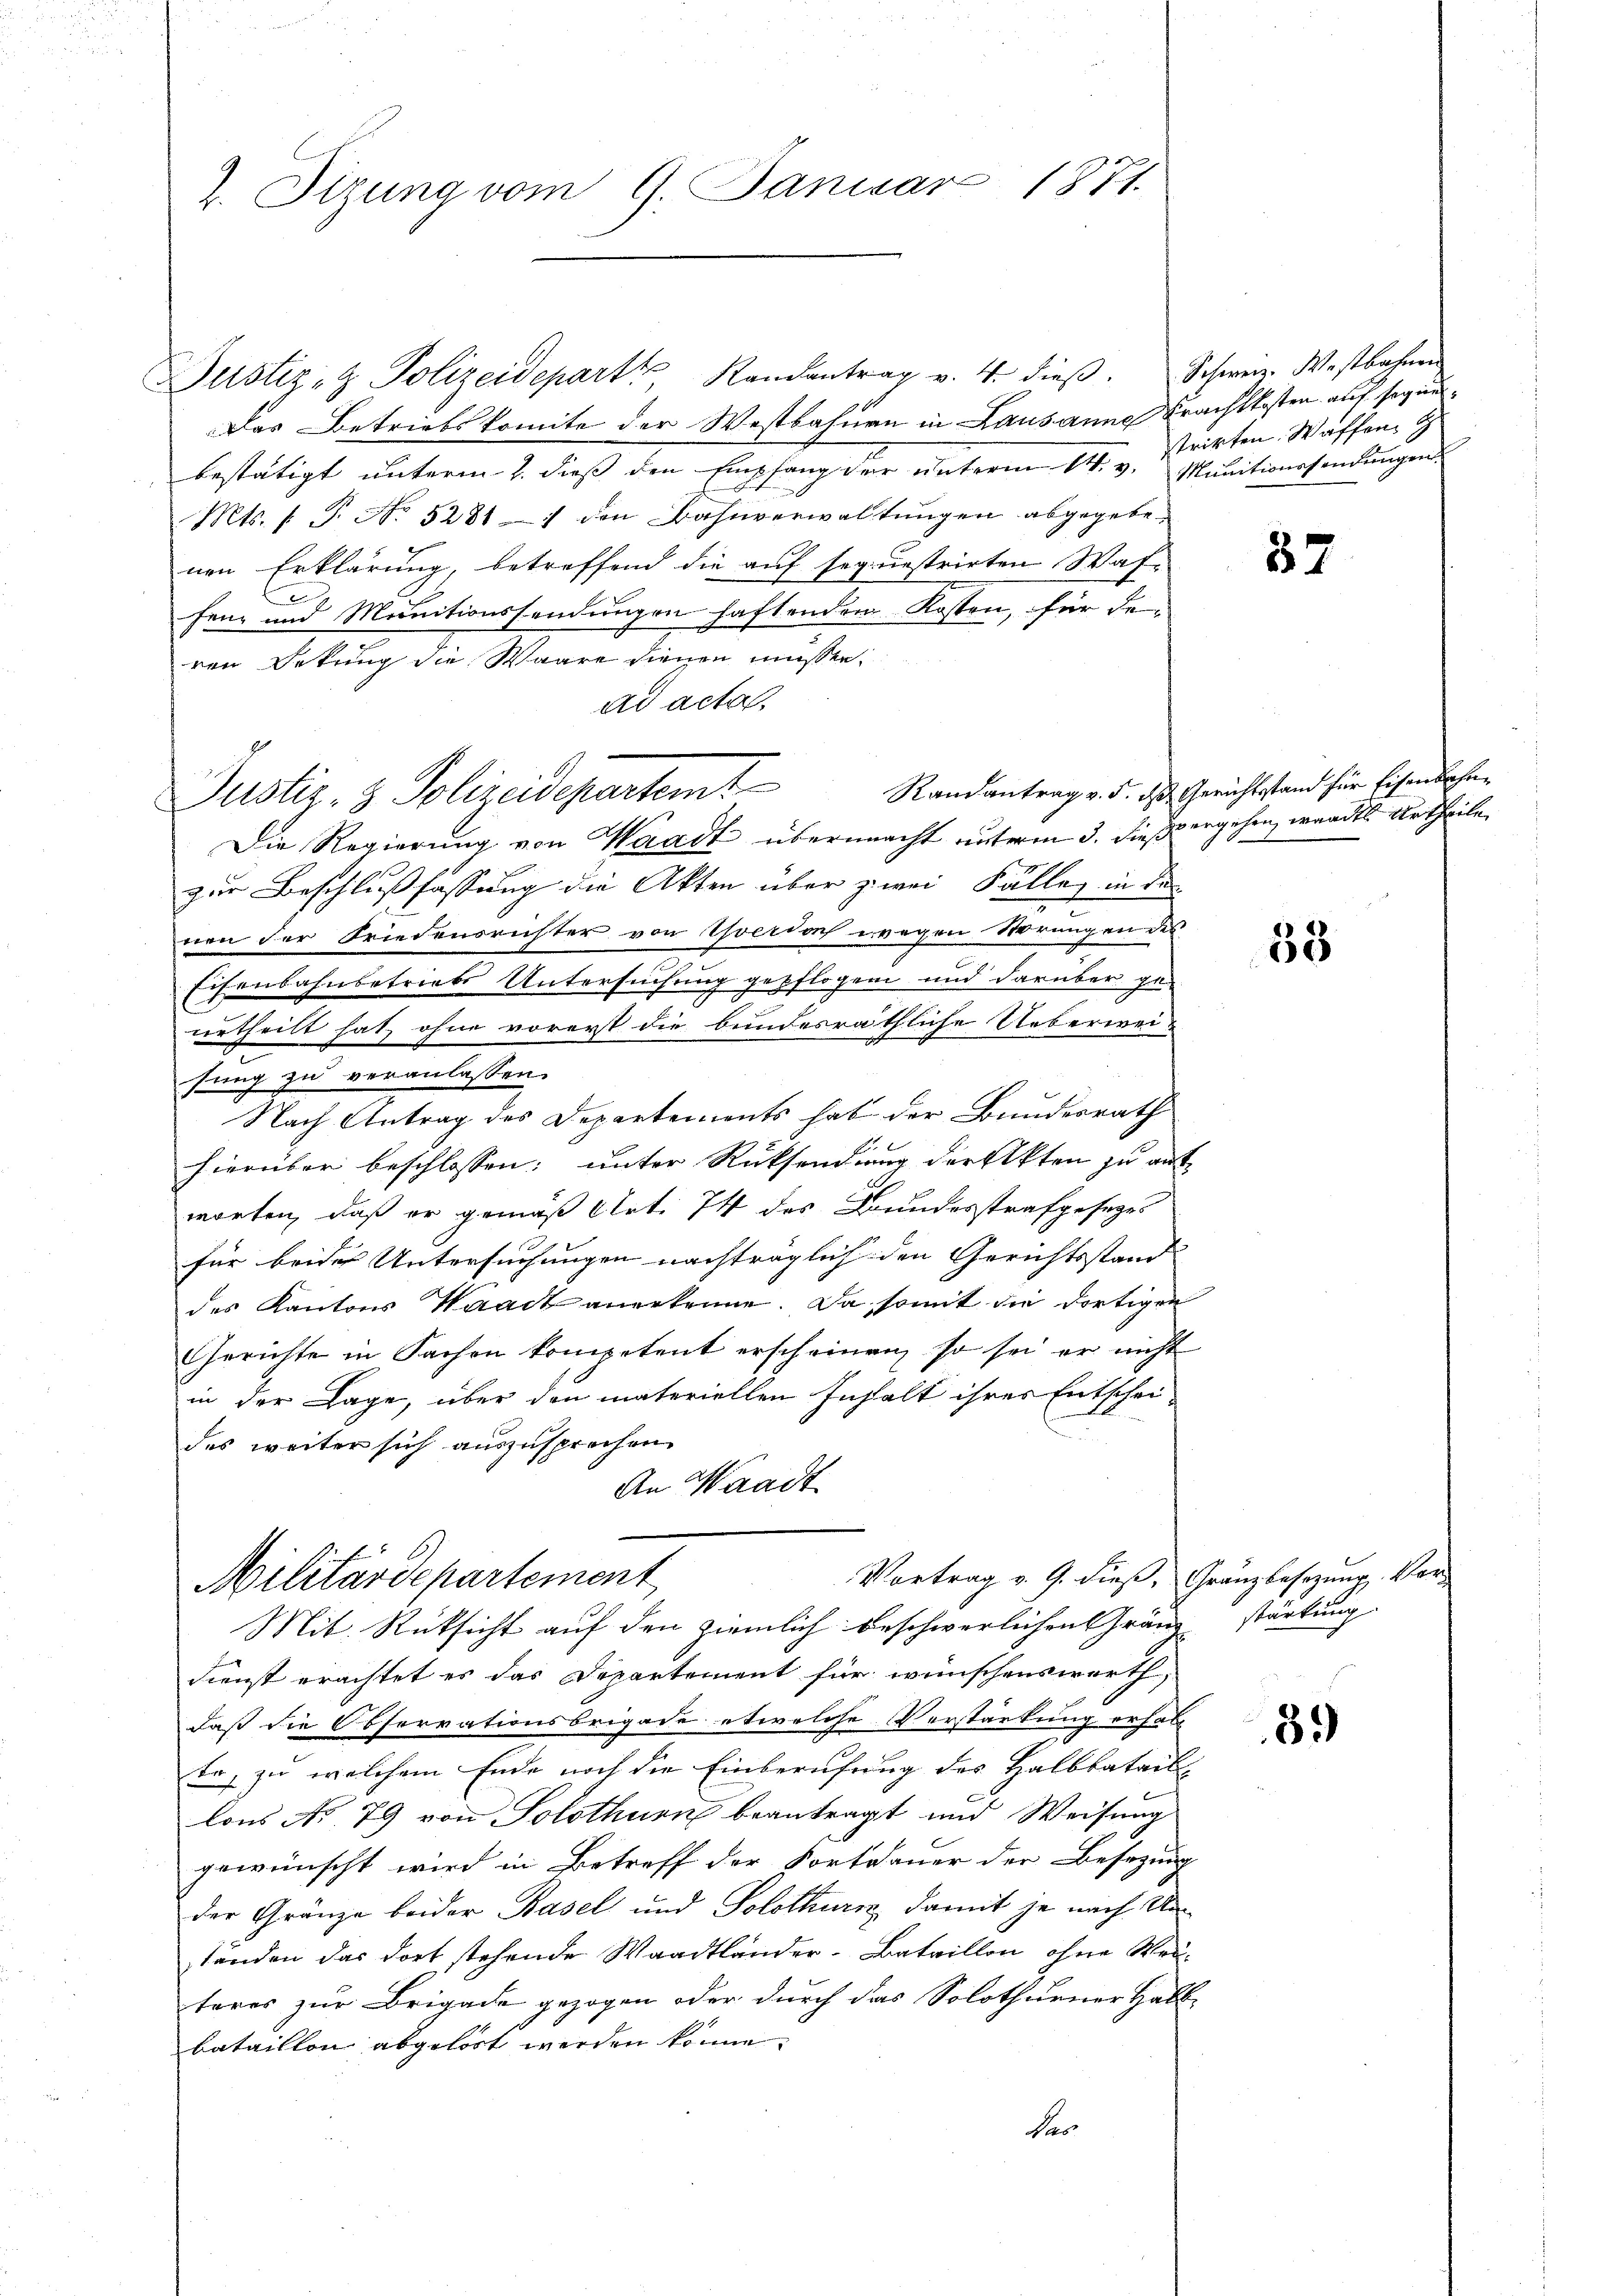
2. Sizung vom 9. Januar 1871.

Justiz- & Polizeidepart Randantrag v. 4. dieβ. Schweiz. Westbahnen
Das Betriebskomite der Westbahnen in Lausanne Frachtkosten auf seguebestätigt unterm 2. dieß den Empfang der unterm 14. v. Munitionssendungen
Mts. f. P. Nr. 5281 — 1 den Bahnverwaltungen abgegebenen Erklärung, betreffend die auf sequestrirten Waffenz und Munitionssendungen haftenden Kosten, für dem
ren Dekung die Waare dienen müssen.
ad acta
Justiz- & Polizeidepartemt
Die Regierung von Waadt übermacht unterm 3. dieß ergehen, wandes Urtheile
zur Beschlußfassung die Akten über zwei Fällen in der
nen der Friedensrichter von Yverdorf wegen Störungen des
Eisenbahnbetriebe Untersuchung gepflogen und darüber ge-
urtheilt hat, ohne vorerst die bundesräthliche Ueberweisung zu veranlassen.
Nach Antrag des Departements hat der Bundesrath
hierüber beschlossen; unter Rücksendung der Akten zu antworten, daß er gemäß Art. 74 des Bundesstrafgesezes
für beider Untersuchungen nachträglich den Gerichtsstand |
des Kantons Waadt anerkenne. Da somit die dortigen
Gerichte in Sachen kompetent erscheinen, so sei er nicht
in der Lage, über den materiellen Instalt ihres Entscheides weiter sich auszusprechen.
An Waadt

dienst erachtet es das Departement für wünschenswerth,
daß die Observationsbrigade etwelche Verstärkung erhalt
ta, zu welchem Ende noch die Einberufung des Halbbatails
lons No 79 von Solothurn beantragt und Weisung
gewünscht wird in Betreff der Fortdauer der Besetzung
der Gränze beider Rasel und Solothurn, damit je nach Un
tänden das dort stehende Waadtländer-Bataillon, ohne Weiteres zur Brigade gezogen oder durch das Solothurner Halb-
bataillon abgelöst werden könne.
Ver

Vortrag v. 9. dieß, Gränzbesezung. Vor-
Militärdepartement
Mit Rücksicht auf den ziemlich beschwerlichen Gränz stärkung

strirten. Waffen G

37

Randantrag v. 5. ds Gerichtstand für Eisenbahn¬

38

89